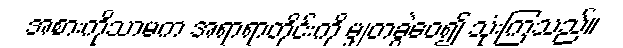
အစားကိုသာမက အရာရာတိုင်းကို မျှတခွဲဝေ၍ သုံးကြသည်။